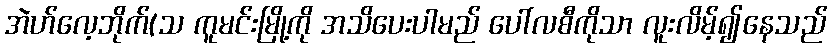
အဲဟ်လေ့ဘိုက်(သ ကူမင်းမြို့ကို အသိပေးပါမည် ပေါ်လစီကိုသာ လူးလိမ့်၍နေသည်